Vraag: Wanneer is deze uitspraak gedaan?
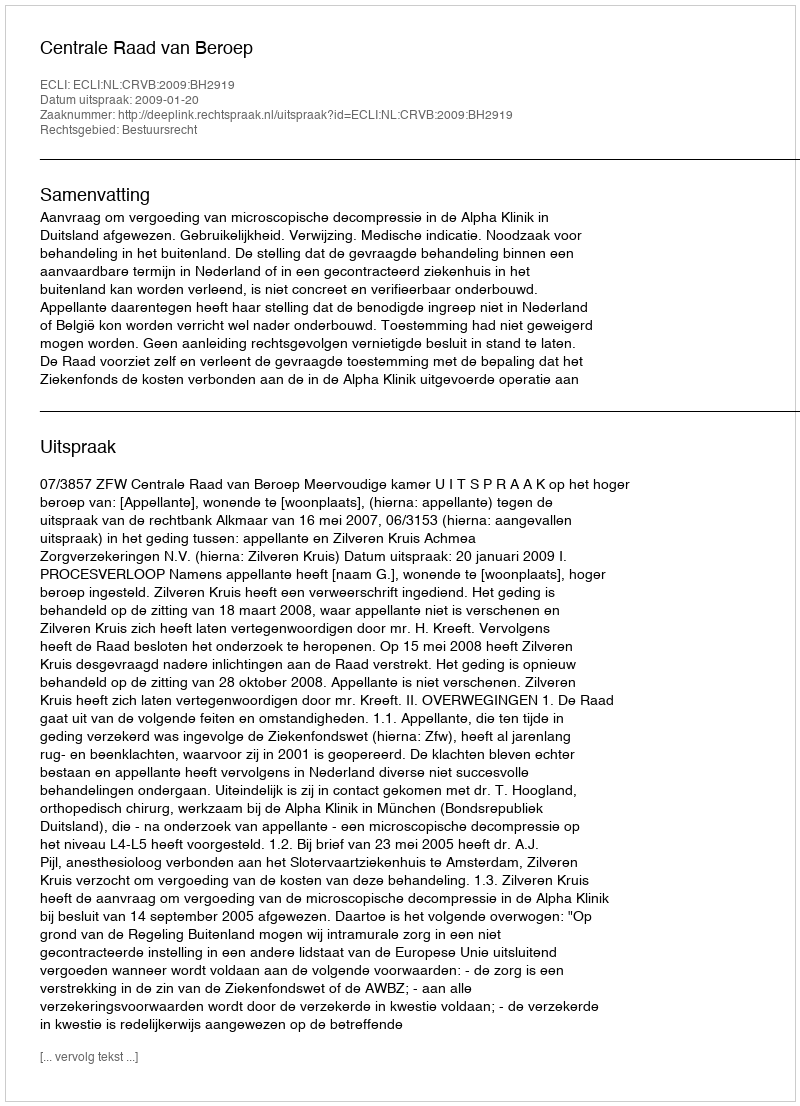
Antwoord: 2009-01-20